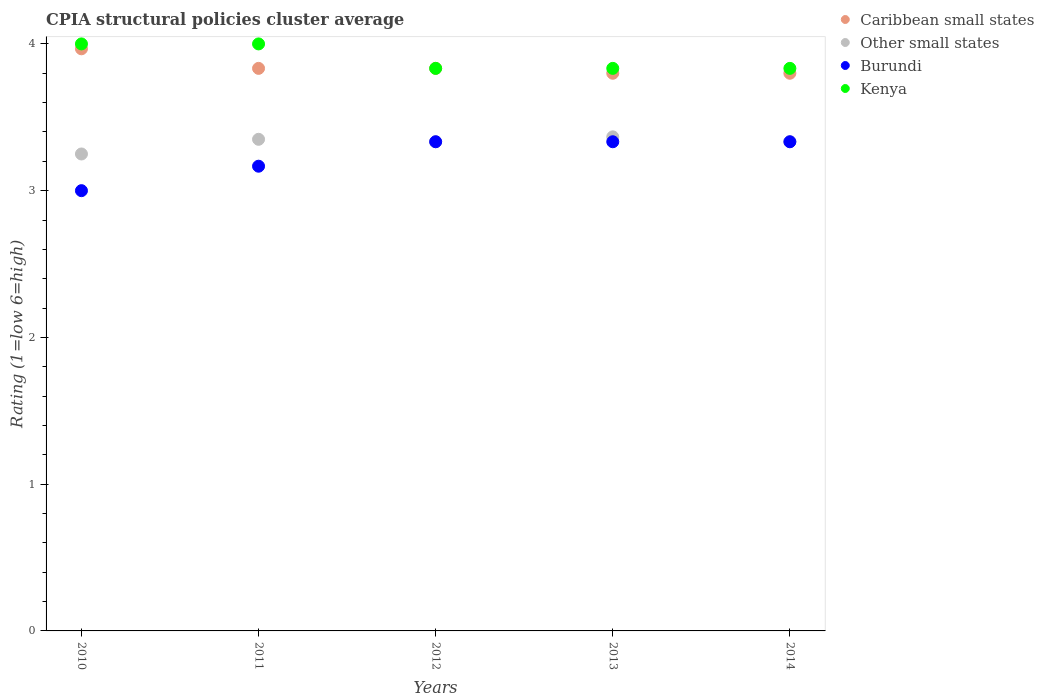
| Years | Caribbean small states | Other small states | Burundi | Kenya |
 | --- | --- | --- | --- | --- |
 | 2010 | 3.97 | 3.25 | 3 | 4 |
 | 2011 | 3.83 | 3.35 | 3.17 | 4 |
 | 2012 | 3.83 | 3.33 | 3.33 | 3.83 |
 | 2013 | 3.8 | 3.37 | 3.33 | 3.83 |
 | 2014 | 3.8 | 3.33 | 3.33 | 3.83 |